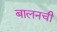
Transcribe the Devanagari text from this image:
बालनची